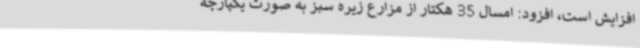
افزایش است، افزود: امسال 35 هکتار از مزارع زیره سبز به صورت یکپارچه